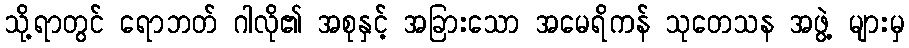
သို့ရာတွင် ရောဘတ် ဂါလို၏ အစုနှင့် အခြားသော အမေရိကန် သုတေသန အဖွဲ့ များမှ